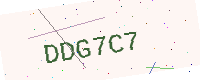
Text: DDG7C7